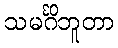
သမင်္ဂိဘူတာ